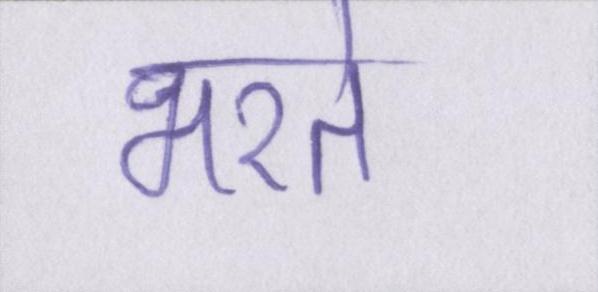
भरते